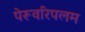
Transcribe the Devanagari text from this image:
पेरूवरिपलम